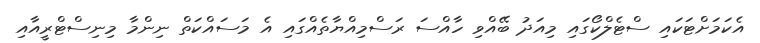
އެކަމަށްޓަކައި ސްޓެލްކޯގައި މިއަދު ބޭއްވި ހާއްސަ ރަސްމިއްޔާތެއްގައި އެ މަސައްކަތް ނިންމާ މިނިސްޓްރީއާއި